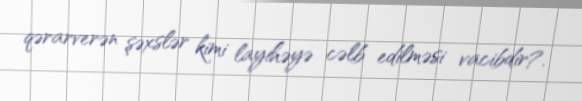
qərarverən şəxslər kimi layihəyə cəlb edilməsi vacibdir?.